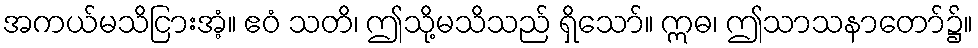
အကယ်မသိငြားအံ့။ ဧဝံ သတိ၊ ဤသို့မသိသည် ရှိသော်။ ဣဓ၊ ဤသာသနာတော်၌။